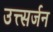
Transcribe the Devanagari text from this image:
उत्त्सर्जन